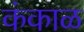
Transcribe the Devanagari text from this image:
कंकाळ